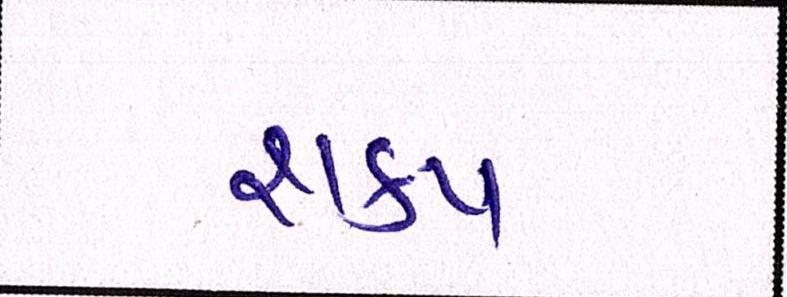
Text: શક્ય